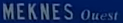
MEKNES Ouest